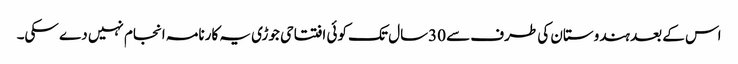
اس کے بعد ہندوستان کی طرف سے 30سال تک کوئی افتتاحی جوڑی یہ کارنامہ انجام نہیں دے سکی۔